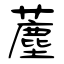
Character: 薼